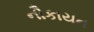
નૌકાયન